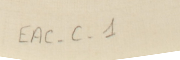
EAC-C- 1